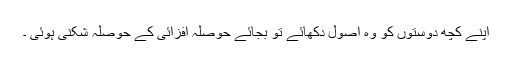
اپنے کچھ دوستوں کو وہ اصول دکھائے تو بجائے حوصلہ افزائی کے حوصلہ شکنی ہوئی ۔